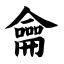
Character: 龠